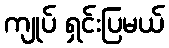
ကျုပ် ရှင်းပြမယ်